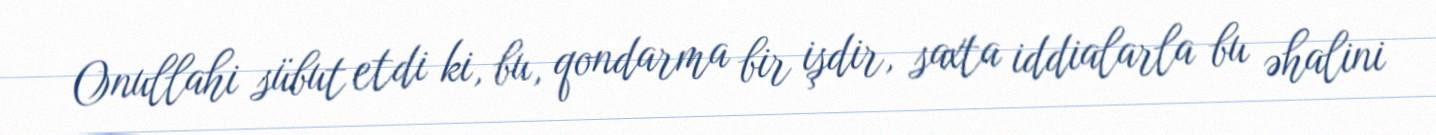
Onullahi sübut etdi ki, bu, qondarma bir işdir, saxta iddialarla bu əhalini